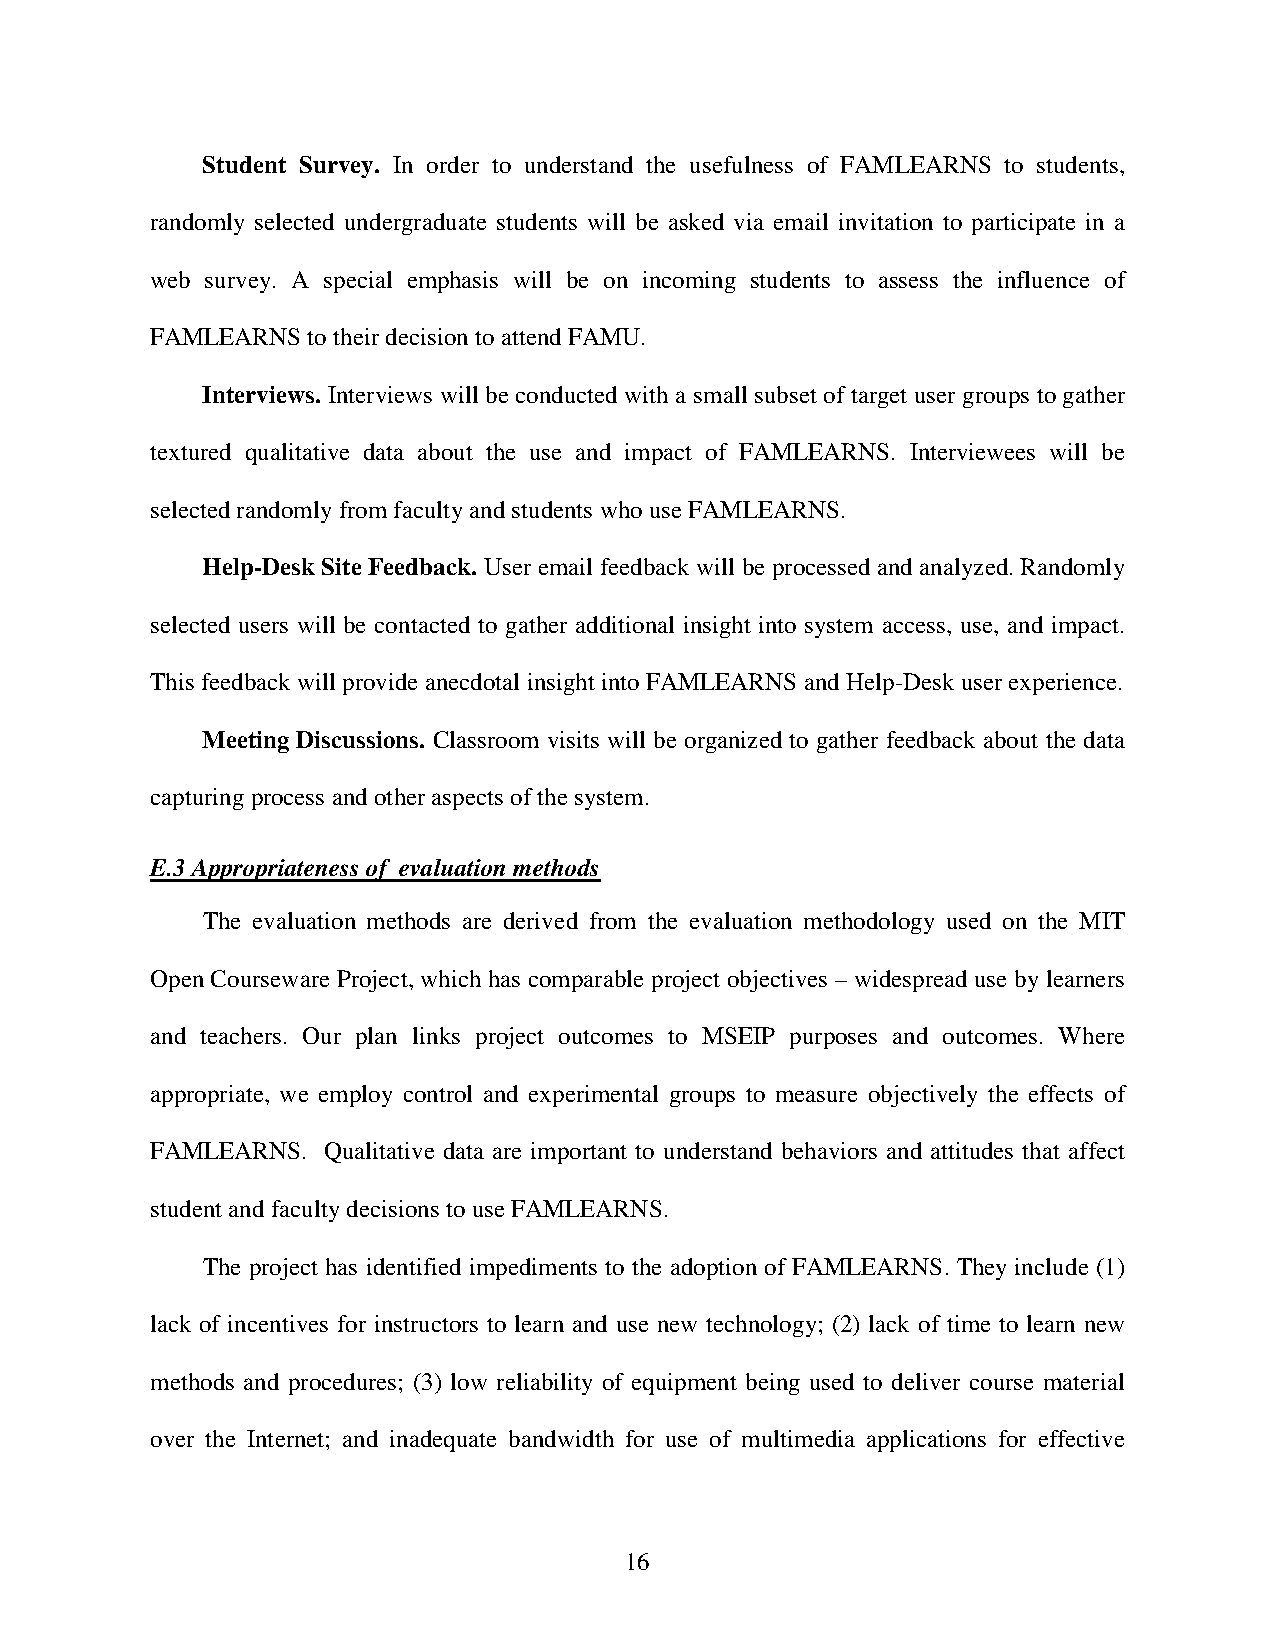
Student Survey. In order to understand the usefulness of FAMLEARNS to students,
 randomly selected undergraduate students will be asked via email invitation to participate in a
 web survey. A special emphasis will be on incoming students to assess the influence of
 FAMLEARNS to their decision to attend FAMU.
 Interviews. Interviews will be conducted with a small subset of target user groups to gather
 textured qualitative data about the use and impact of FAMLEARNS. Interviewees will be
 selected randomly from faculty and students who use FAMLEARNS.
 Help-Desk Site Feedback. User email feedback will be processed and analyzed. Randomly
 selected users will be contacted to gather additional insight into system access, use, and impact.
 This feedback will provide anecdotal insight into FAMLEARNS and Help-Desk user experience.
 Meeting Discussions. Classroom visits will be organized to gather feedback about the data
 capturing process and other aspects of the system.
 E.3 Appropriateness of evaluation methods
 The evaluation methods are derived from the evaluation methodology used on the MIT
 Open Courseware Project, which has comparable project objectives – widespread use by learners
 and teachers. Our plan links project outcomes to MSEIP purposes and outcomes. Where
 appropriate, we employ control and experimental groups to measure objectively the effects of
 FAMLEARNS. Qualitative data are important to understand behaviors and attitudes that affect
 student and faculty decisions to use FAMLEARNS.
 The project has identified impediments to the adoption of FAMLEARNS. They include (1)
 lack of incentives for instructors to learn and use new technology; (2) lack of time to learn new
 methods and procedures; (3) low reliability of equipment being used to deliver course material
 over the Internet; and inadequate bandwidth for use of multimedia applications for effective
 16